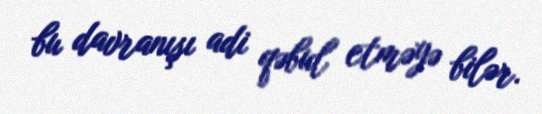
bu davranışı adi qəbul etməyə bilər.